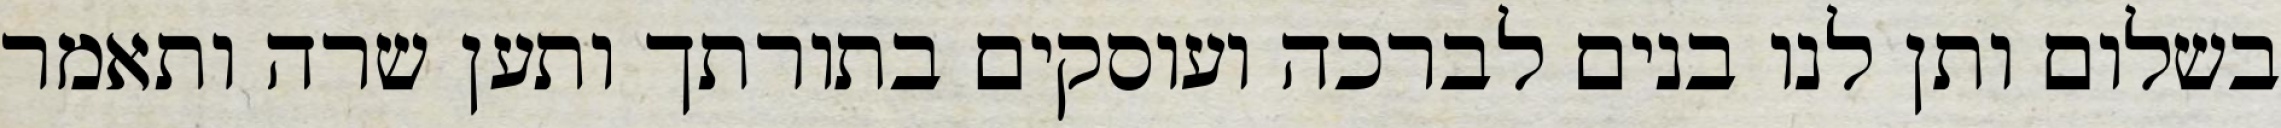
בשלום ותן לנו בנים לברכה ועוסקים בתורתך ותען שרה ותאמר